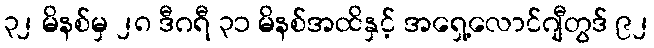
၃၂ မိနစ်မှ ၂၈ ဒီဂရီ ၃၁ မိနစ်အထိနှင့် အရှေ့လောင်ဂျီတွဒ် ၉၂